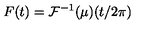
F ( t ) = \mathcal { F } ^ { - 1 } ( \mu ) ( t / 2 \pi )